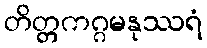
တိတ္တကဂ္ဂမနုဿရံ